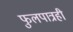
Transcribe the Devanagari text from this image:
फुलपात्रही